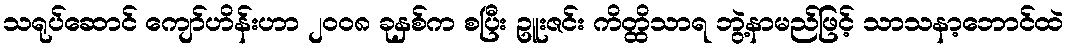
သရုပ်ဆောင် ကျော်ဟိန်းဟာ ၂၀၀၈ ခုနှစ်က စပြီး ဥူးဇင်း ကိတ္ထိသာရ ဘွဲ့နာမည်ဖြင့် သာသနာ့ဘောင်ထဲ